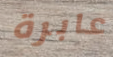
عابرة